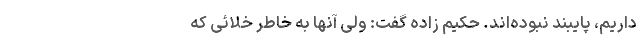
داریم،‌ پایبند نبوده‌اند. حکیم زاده گفت: ولی آنها به خاطر خلائی که